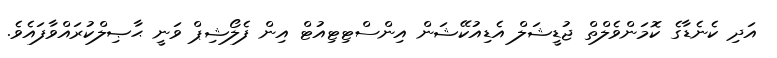
އަދި ކެނެޑާގެ ކޮމަންވެލްތް ޖުޑީޝަލް އެޑިއުކޭޝަން އިންސްޓިޓިއުޓް އިން ފެލޯޝިޕް ވަނީ ޙާޞިލްކުރައްވާފައެވެ.